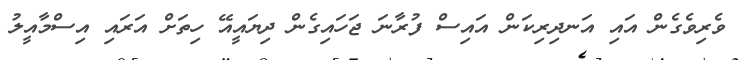
ވެރިވެގެން އައި އަނދިރިކަން އައިސް ފުރާނަ ޖަހައިގެން ދިޔައީއޭ ހިތަށް އަރައި އިސްމާއީލު